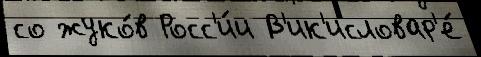
со жуко́в Росс'и́и В'ик'исловар'е́